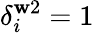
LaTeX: \delta_{i}^{\mathbf{w}2}=1